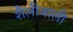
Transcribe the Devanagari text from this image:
शैलीवाली